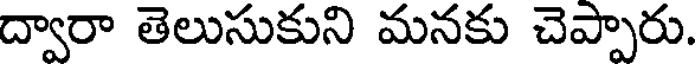
ద్వారా తెలుసుకుని మనకు చెప్పారు.